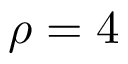
\rho = 4